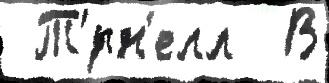
 Т'́рн'елл  В